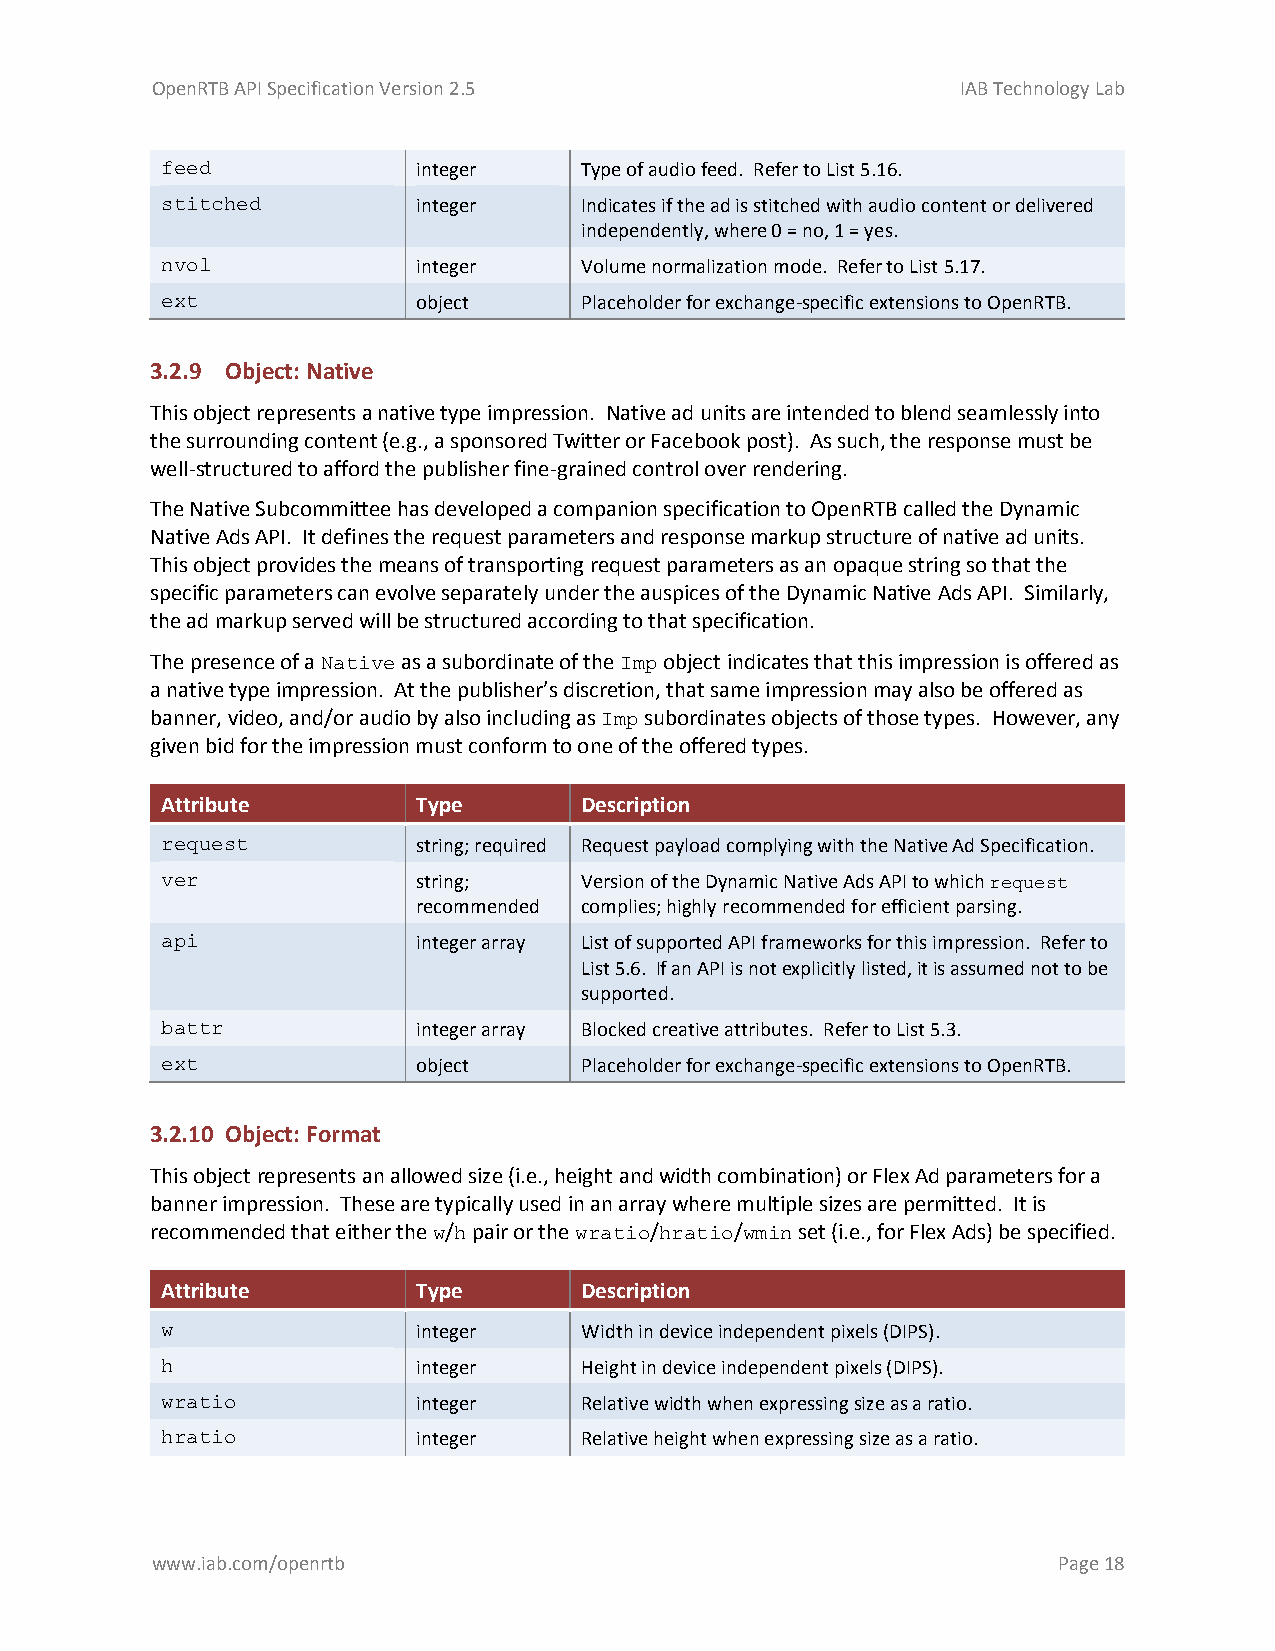
OpenRTB API Specification Version 2.5                 IAB Technology Lab
 feed             integer   Type of audio feed. Refer to List 5.16.
 stitched         integer   Indicates if the ad is stitched with audio content or delivered
 independently, where 0 = no, 1 = yes.
 nvol             integer   Volume normalization mode. Refer to List 5.17.
 ext              object    Placeholder for exchange-specific extensions to OpenRTB.
 3.2.9 Object: Native
 This object represents a native type impression. Native ad units are intended to blend seamlessly into
 the surrounding content (e.g., a sponsored Twitter or Facebook post). As such, the response must be
 well-structured to afford the publisher fine-grained control over rendering.
 The Native Subcommittee has developed a companion specification to OpenRTB called the Dynamic
 Native Ads API. It defines the request parameters and response markup structure of native ad units.
 This object provides the means of transporting request parameters as an opaque string so that the
 specific parameters can evolve separately under the auspices of the Dynamic Native Ads API. Similarly,
 the ad markup served will be structured according to that specification.
 The presence of a Native as a subordinate of the Imp object indicates that this impression is offered as
 a native type impression. At the publisher’s discretion, that same impression may also be offered as
 banner, video, and/or audio by also including as Imp subordinates objects of those types. However, any
 given bid for the impression must conform to one of the offered types.
 Attribute        Type      Description
 request          string; required Request payload complying with the Native Ad Specification.
 ver              string;   Version of the Dynamic Native Ads API to which request
 recommended complies; highly recommended for efficient parsing.
 api              integer array List of supported API frameworks for this impression. Refer to
 List 5.6. If an API is not explicitly listed, it is assumed not to be
 supported.
 battr            integer array Blocked creative attributes. Refer to List 5.3.
 ext              object    Placeholder for exchange-specific extensions to OpenRTB.
 3.2.10 Object: Format
 This object represents an allowed size (i.e., height and width combination) or Flex Ad parameters for a
 banner impression. These are typically used in an array where multiple sizes are permitted. It is
 recommended that either the w/h pair or the wratio/hratio/wmin set (i.e., for Flex Ads) be specified.
 Attribute        Type      Description
 w                integer   Width in device independent pixels (DIPS).
 h                integer   Height in device independent pixels (DIPS).
 wratio           integer   Relative width when expressing size as a ratio.
 hratio           integer   Relative height when expressing size as a ratio.
 www.iab.com/openrtb                                         Page 18